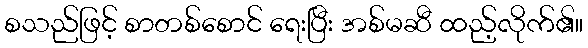
စသည်ဖြင့် စာတစ်စောင် ရေးပြီး အစ်မဆီ ထည့်လိုက်၏။